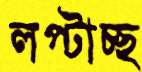
লপ্‌টাচ্ছ